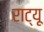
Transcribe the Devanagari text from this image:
राट्यू